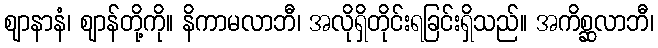
ဈာနာနံ၊ ဈာန်တို့ကို။ နိကာမလာဘီ၊ အလိုရှိတိုင်းရခြင်းရှိသည်။ အကိစ္ဆလာဘီ၊